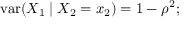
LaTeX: \operatorname { v a r } ( X _ { 1 } \mid X _ { 2 } = x _ { 2 } ) = 1 - \rho ^ { 2 } ;